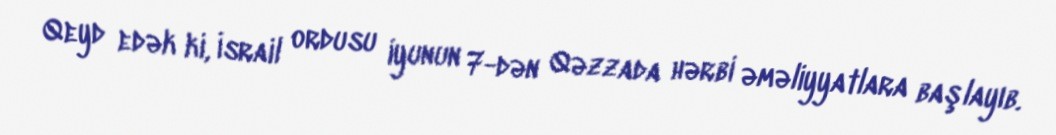
Qeyd edək ki, İsrail ordusu iyunun 7-dən Qəzzada hərbi əməliyyatlara başlayıb.